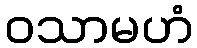
ဝသာမဟံ